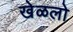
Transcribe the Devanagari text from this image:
खेळलो